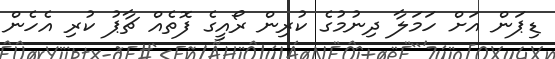
ޑިޕަން އަށް ހަމަލާ ދިނުމުގެ ކުރިން ރޯއީގެ ފޮތެއް ޗާޕު ކުރި އެހެން